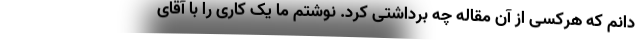
دانم که هرکسی از آن مقاله چه برداشتی کرد. نوشتم ما یک کاری را با آقای